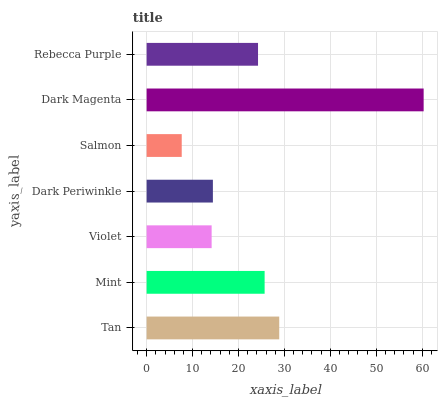
| yaxis_label | bars |
 | --- | --- |
 | Tan | 28.9 |
 | Mint | 25.7 |
 | Violet | 14.2 |
 | Dark Periwinkle | 14.4 |
 | Salmon | 7.64 |
 | Dark Magenta | 60.3 |
 | Rebecca Purple | 24.3 |